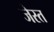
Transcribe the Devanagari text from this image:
जेस्त